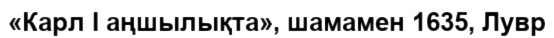
«Карл I аңшылықта», шамамен 1635, Лувр